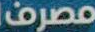
مصرف